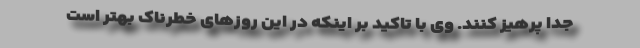
جدا پرهیز کنند. وی با تاکید بر اینکه در این روزهای خطرناک بهتر است